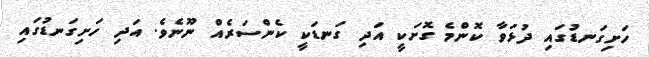
ހަށިގަނޑުގައި ދުޅަވާ ކޮންމެ ގޮށަކީ އަދި ގަނޑަކީ ކެންސަރެއް ނޫނެވެ. އަދި ހަށިގަނޑުގައި